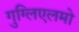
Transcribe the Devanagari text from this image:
गुग्लिएलमो